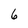
Character: 6